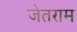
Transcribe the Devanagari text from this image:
जेतराम